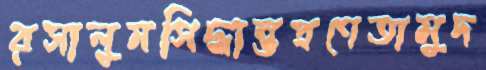
রসালুমসিদ্ধান্তপ্রণেতামুদ